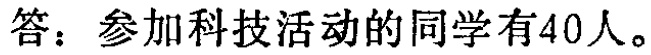
答：参加科技活动的同学有40人。